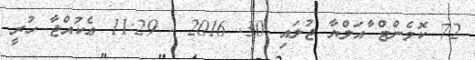
72 ކޮމެންޓް ާއަލްޔާ ޖުލައި 30